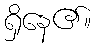
ရှိနေ၏။